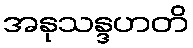
အနုသန္ဒဟတိ